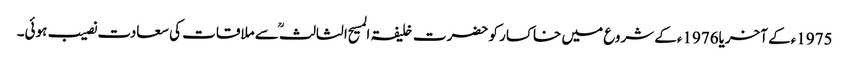
1975ءکے آخریا1976ءکے شروع میں خاکسار کو حضرت خلیفۃ المسیح الثالثؒ سے ملاقات کی سعادت نصیب ہوئی۔